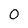
Character: 0